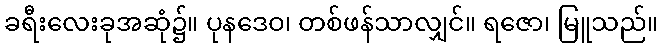
ခရီးလေးခုအဆုံ၌။ ပုနဒေဝ၊ တစ်ဖန်သာလျှင်။ ရဇော၊ မြူသည်။